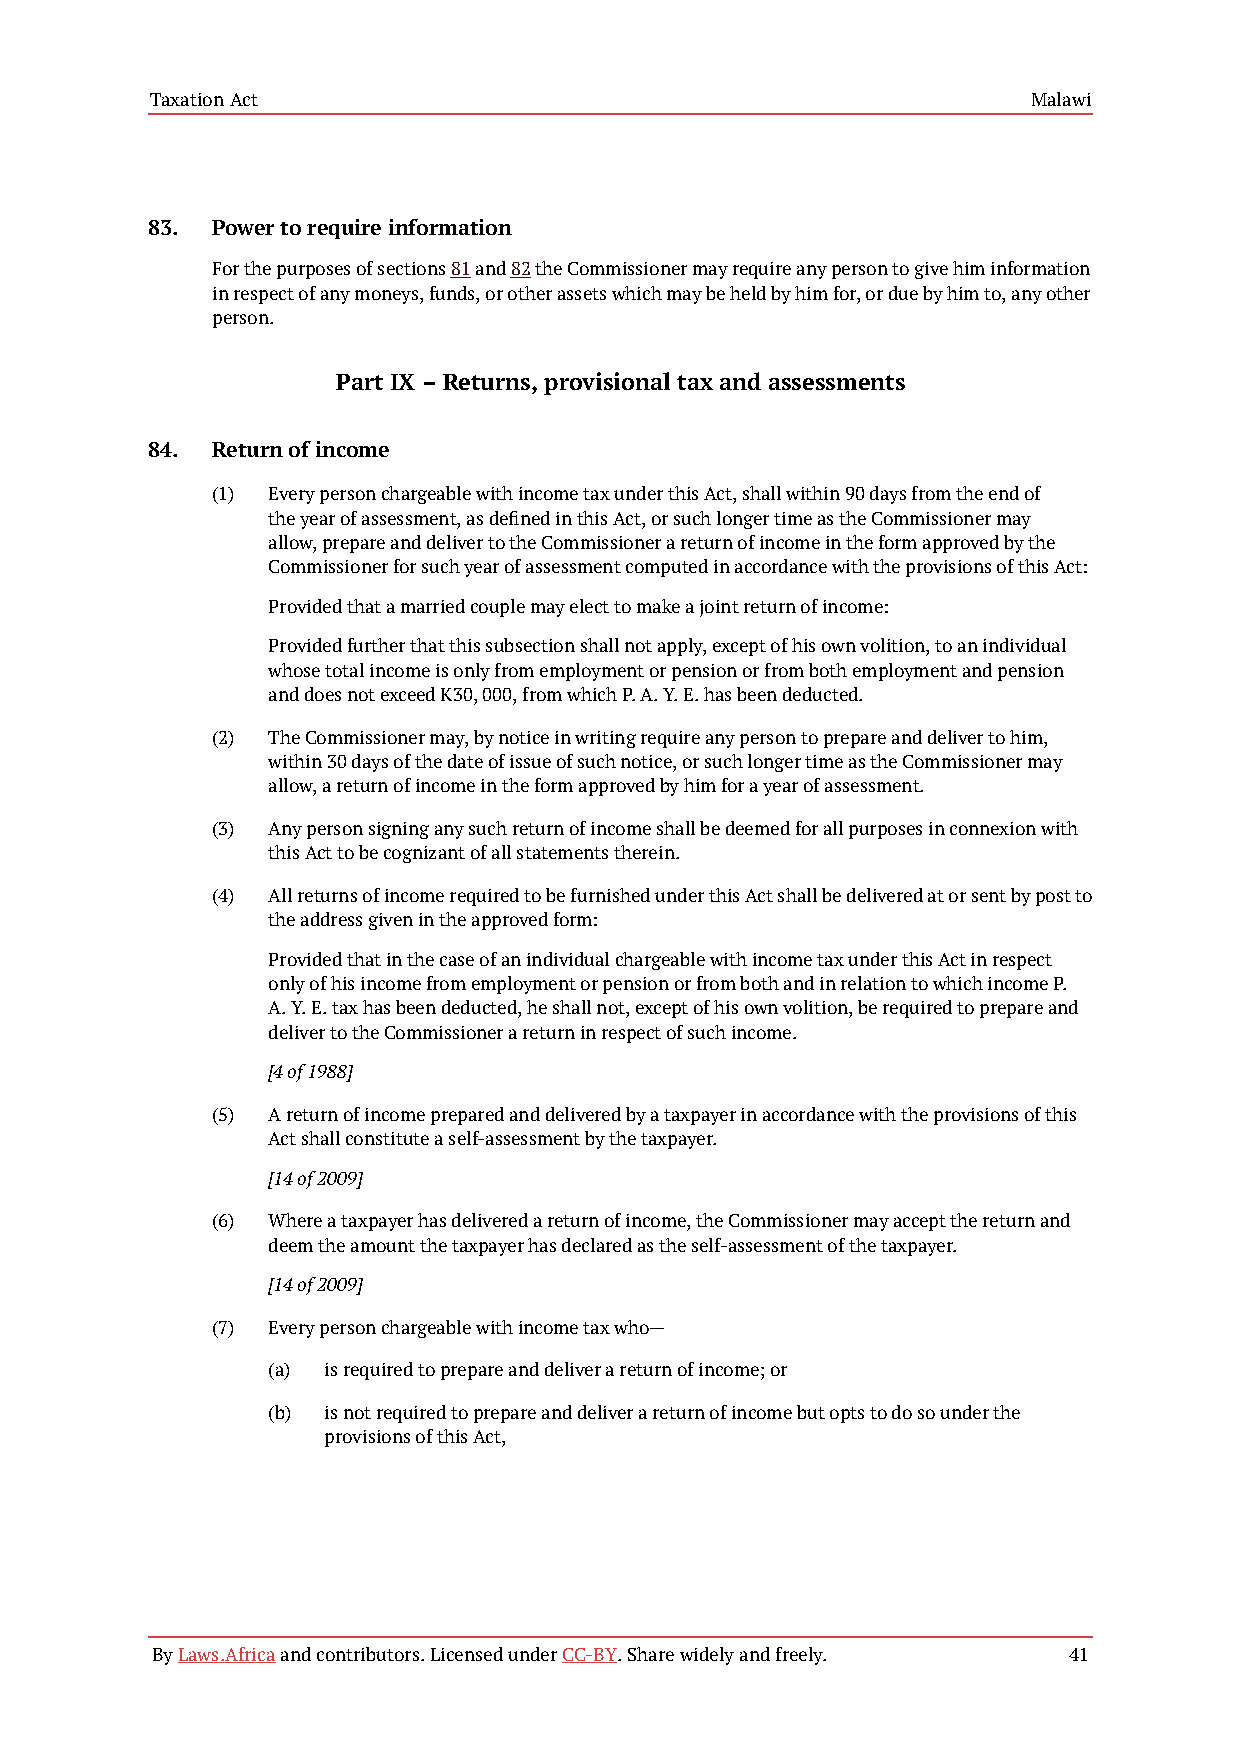
Taxation Act                                              Malawi
 83. Power to require information
 For the purposes of sections 81 and 82 the Commissioner may require any person to give him information
 in respect of any moneys, funds, or other assets which may be held by him for, or due by him to, any other
 person.
 Part IX – Returns, provisional tax and assessments
 84. Return of income
 (1) Every person chargeable with income tax under this Act, shall within 90 days from the end of
 the year of assessment, as defined in this Act, or such longer time as the Commissioner may
 allow, prepare and deliver to the Commissioner a return of income in the form approved by the
 Commissioner for such year of assessment computed in accordance with the provisions of this Act:
 Provided that a married couple may elect to make a joint return of income:
 Provided further that this subsection shall not apply, except of his own volition, to an individual
 whose total income is only from employment or pension or from both employment and pension
 and does not exceed K30, 000, from which P. A. Y. E. has been deducted.
 (2) The Commissioner may, by notice in writing require any person to prepare and deliver to him,
 within 30 days of the date of issue of such notice, or such longer time as the Commissioner may
 allow, a return of income in the form approved by him for a year of assessment.
 (3) Any person signing any such return of income shall be deemed for all purposes in connexion with
 this Act to be cognizant of all statements therein.
 (4) All returns of income required to be furnished under this Act shall be delivered at or sent by post to
 the address given in the approved form:
 Provided that in the case of an individual chargeable with income tax under this Act in respect
 only of his income from employment or pension or from both and in relation to which income P.
 A. Y. E. tax has been deducted, he shall not, except of his own volition, be required to prepare and
 deliver to the Commissioner a return in respect of such income.
 [4 of 1988]
 (5) A return of income prepared and delivered by a taxpayer in accordance with the provisions of this
 Act shall constitute a self-assessment by the taxpayer.
 [14 of 2009]
 (6) Where a taxpayer has delivered a return of income, the Commissioner may accept the return and
 deem the amount the taxpayer has declared as the self-assessment of the taxpayer.
 [14 of 2009]
 (7) Every person chargeable with income tax who—
 (a) is required to prepare and deliver a return of income; or
 (b) is not required to prepare and deliver a return of income but opts to do so under the
 provisions of this Act,
 By Laws.Africa and contributors. Licensed under CC-BY. Share widely and freely. 41